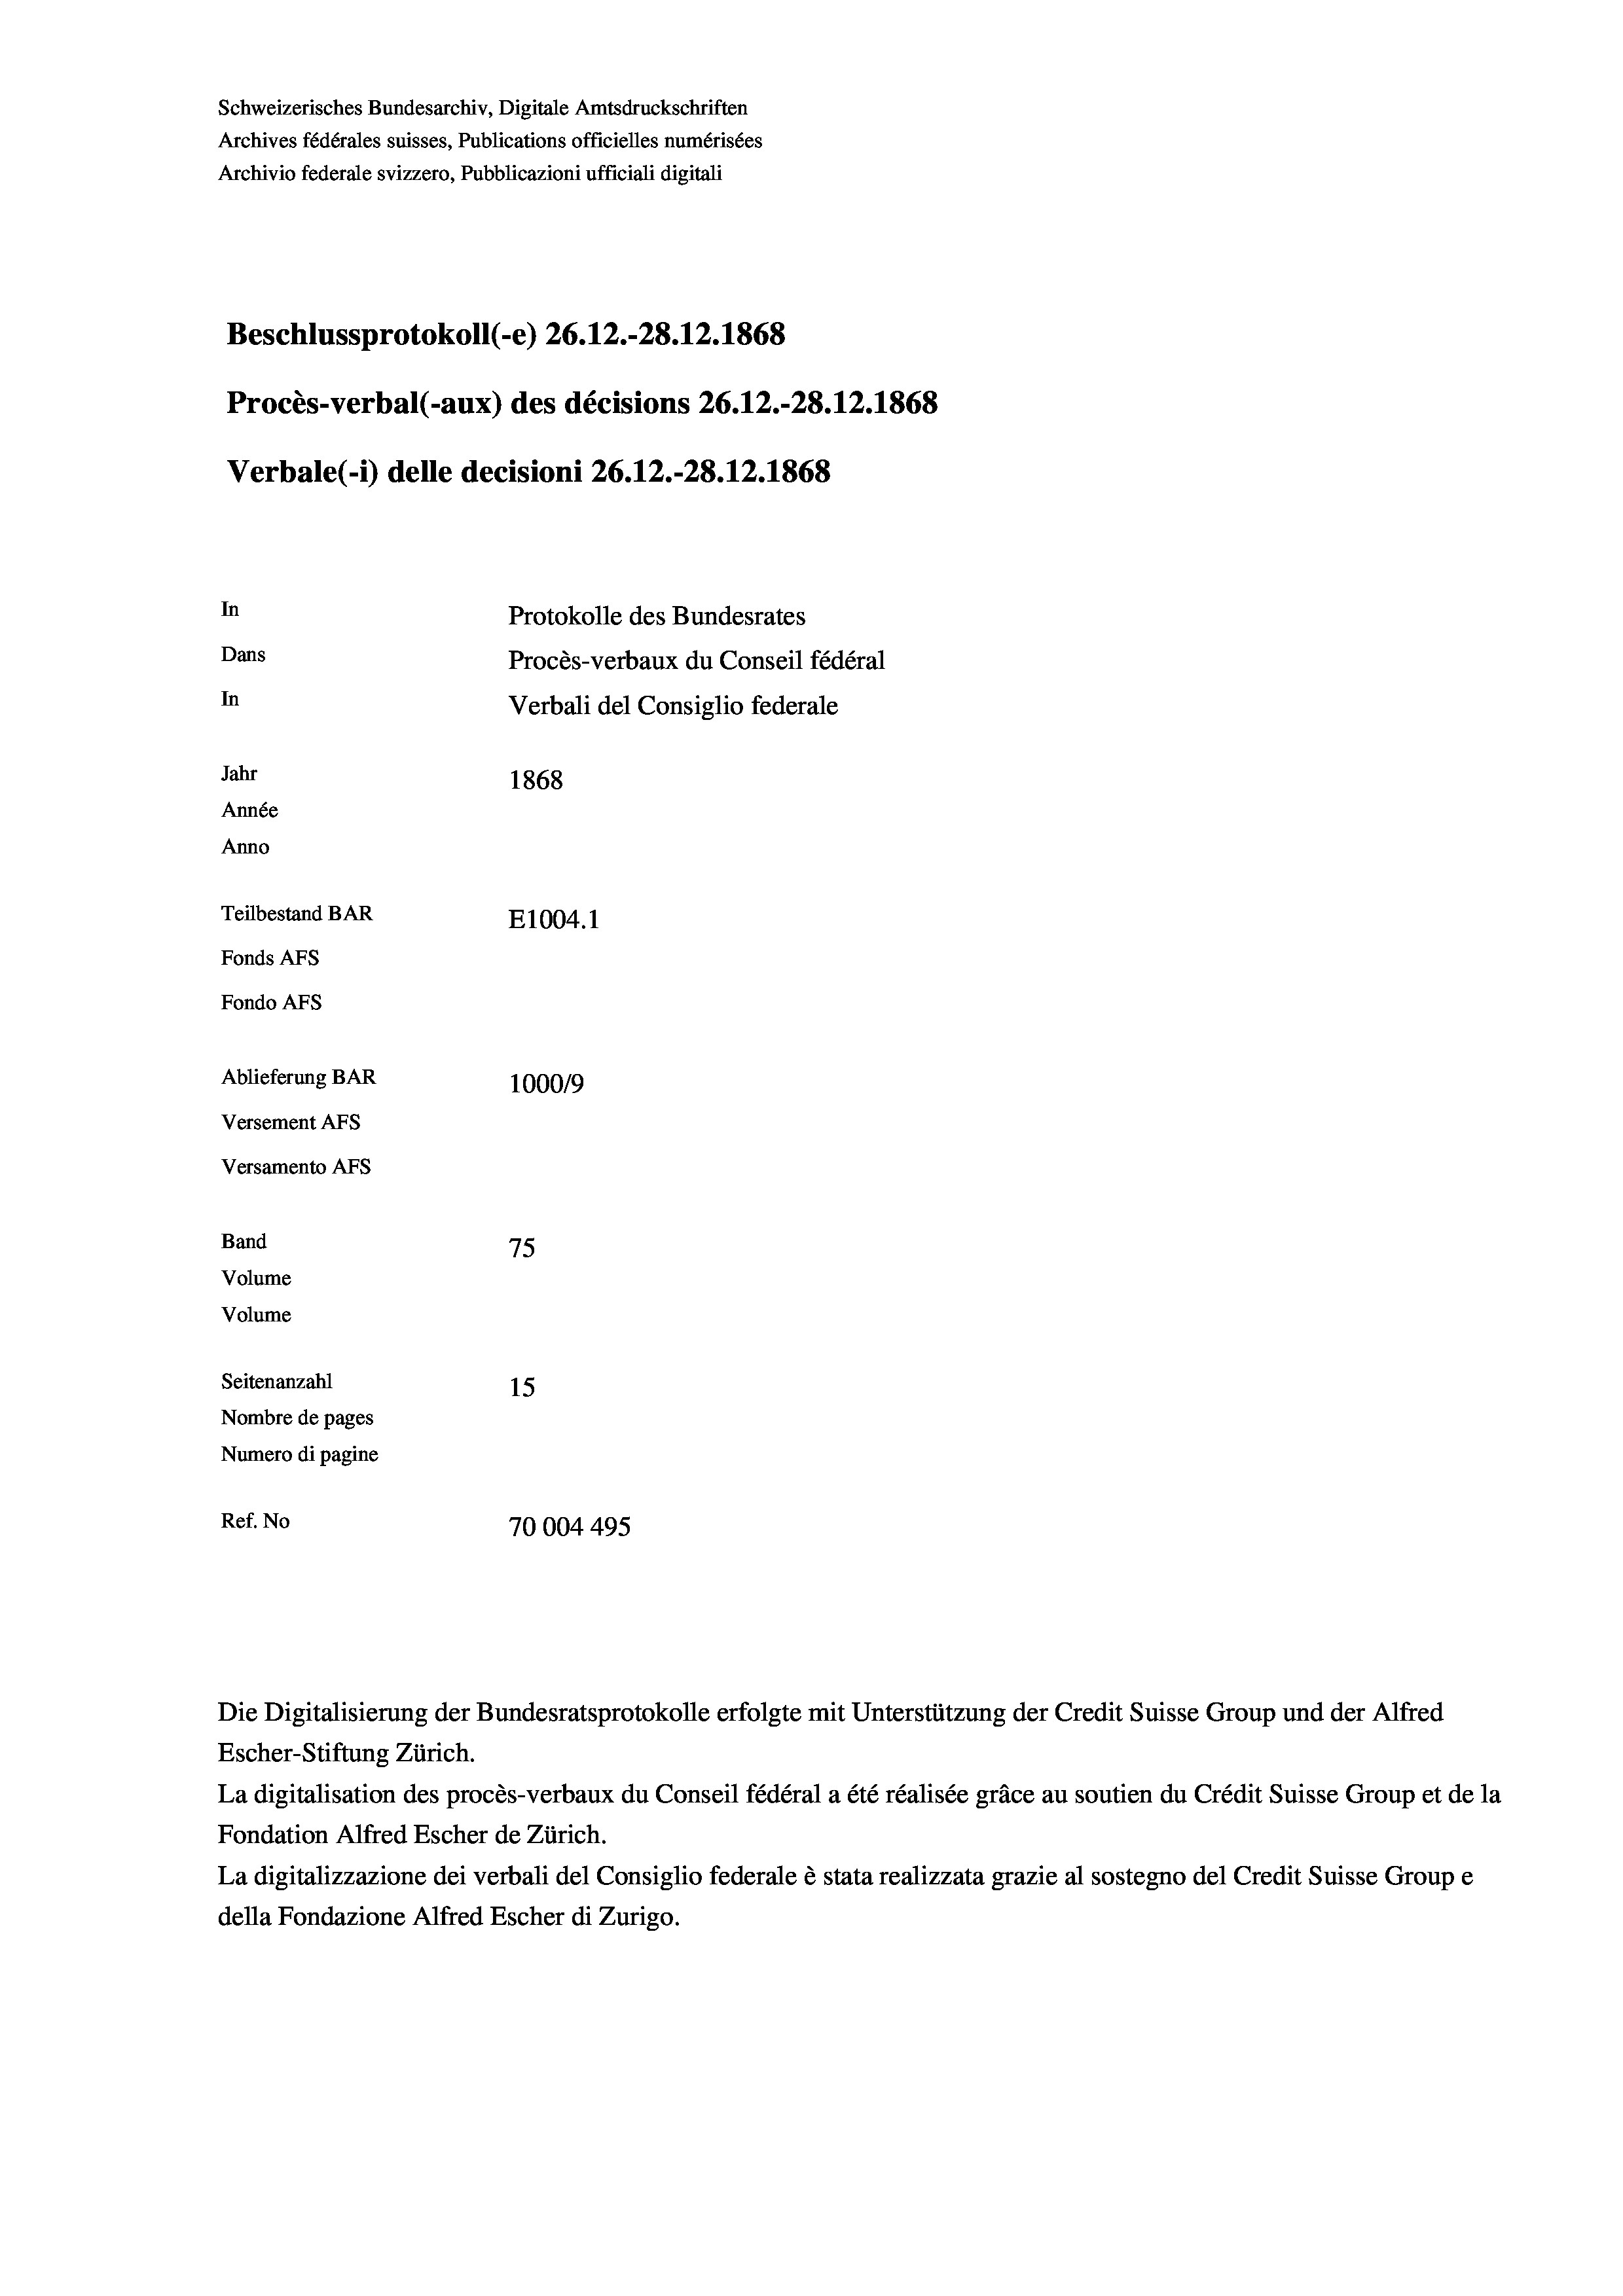
Schweizerisches Bundesarchiv, Digitale Amtsdruckschriften
Archives fédérales suisses, Publications officielles numérisées
Archivio federale svizzero, Pubblicazioni ufficiali digitali
Beschlussprotokoll (-e) 26.12.-28. 12. 1868
Procès-verbal (-aux) des décisions 26.12.-28.12.1868
Verbale(-*) delle decisioni 26.12.-28. 12. 1868
In
Protokolle des Bundesrates
Dans
Procès-verbaux du Conseil fédéral
In
Verbali del Consiglio federale
Jahr
1868
Année
Anno
Teilbestand BAR
E1004. 1
Fonds AFs
Fondo Afs
Ablieferung BAR
1000/9
Versement AFs
Versamento AFs
Band
75

Seitenanzahl
15
Nombre de pages
Numero di pagine
Ref. No
70004495

Volume
Volume

Die Digitalisierung der Bundesratsprotokolle erfolgte mit Unterstützung der Credit Suisse Group und der Alfred
Escher-Stiftung Zürich.
La digitalisation des procès-verbaux du Conseil fédéral a été réalisée gräce au soutien du Crédit Suisse Group et de la
Fondation Alfred Escher de Zürich.
La digitalizzazione dei verbali del Consiglio federale è stata realizzata grazie al sostegno del Credit Suisse Groupe
della Fondazione Alfred Escher di Zurigo.